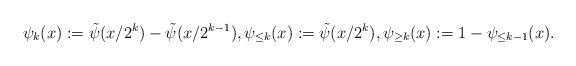
LaTeX: \begin{align*}\psi_{k}(x) := \tilde{\psi}(x/2^k) -\tilde{\psi}(x/2^{k-1}), \psi_{\leq k}(x):= \tilde{\psi}(x/2^k), \psi_{\geq k}(x):= 1-\psi_{\leq k-1}(x).\end{align*}